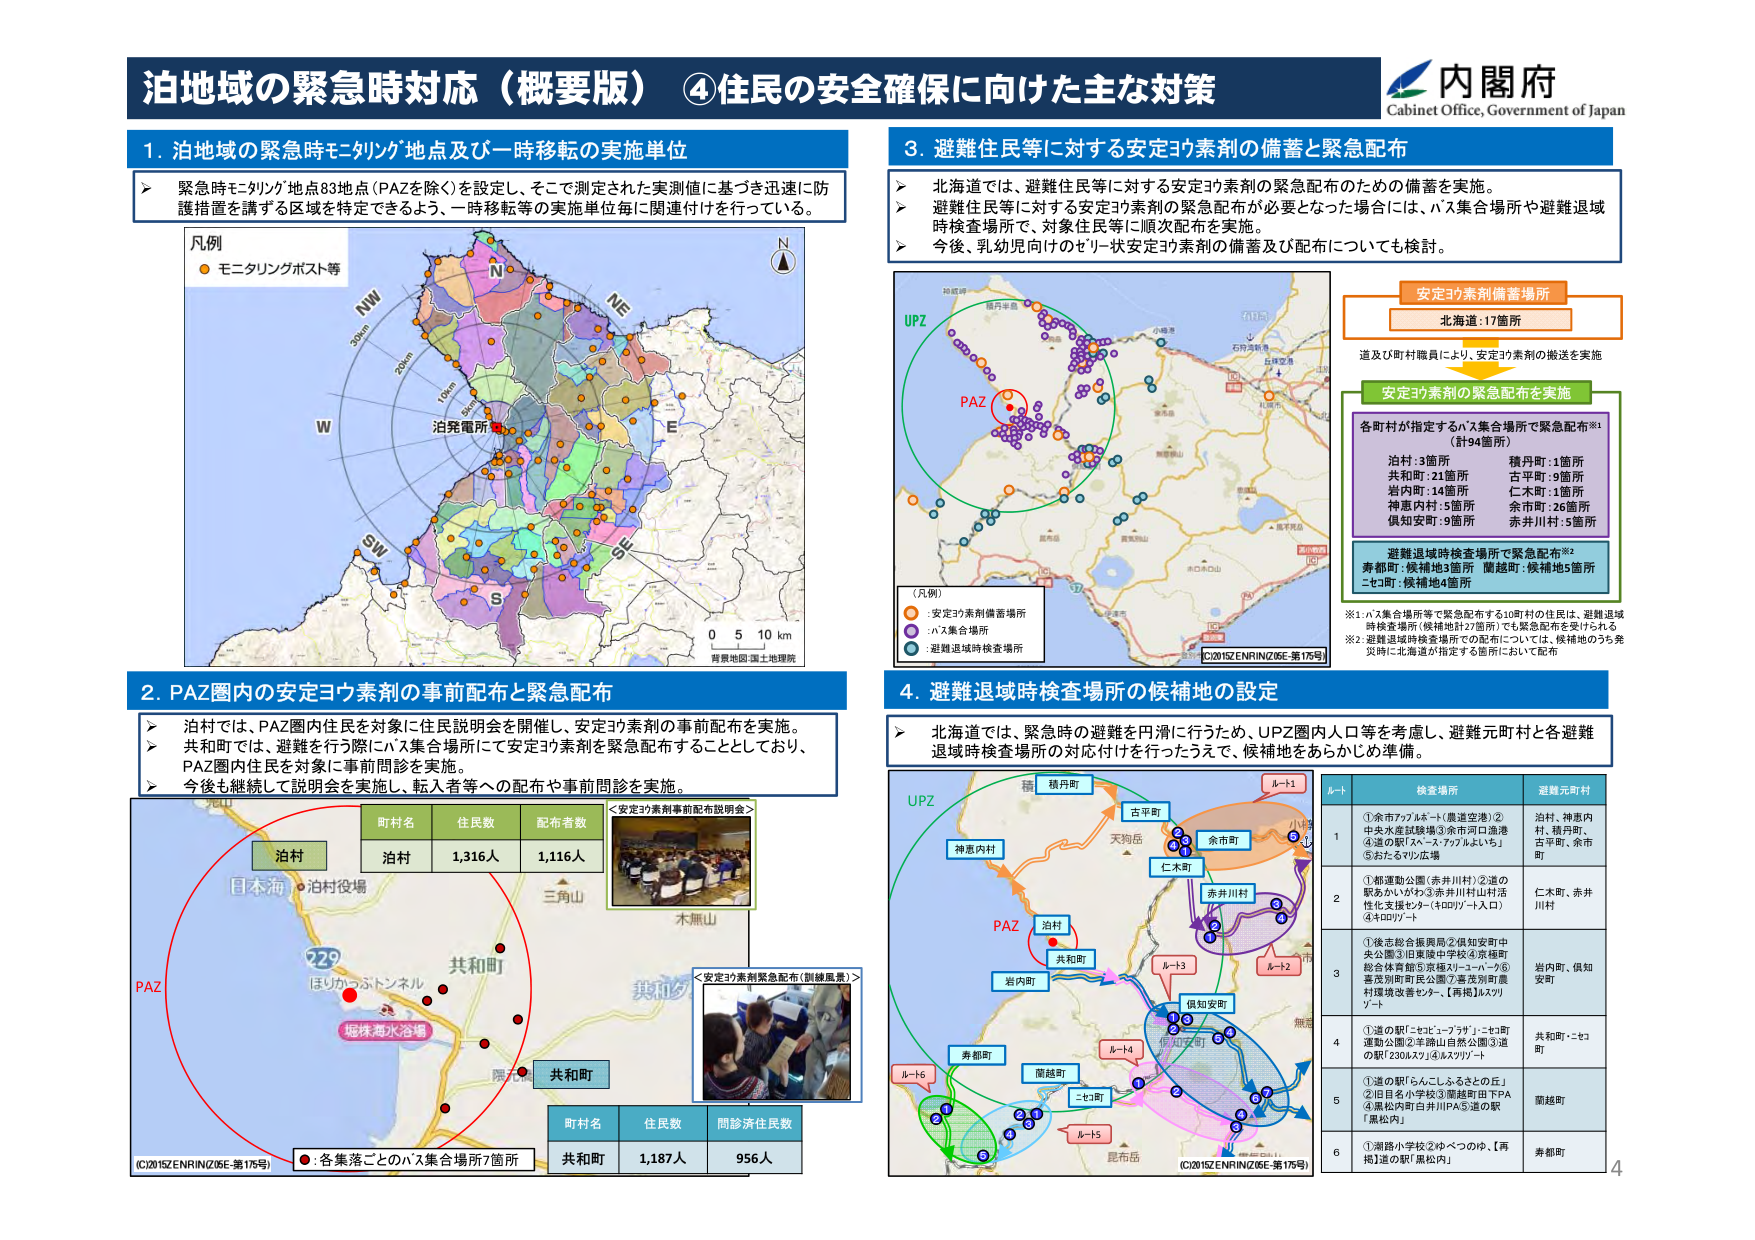
泊地域の緊急時対応（概要版）④住民の安全確保に向けた主な対策

内閣府
Cabinet Office, Government of Japan

1. 泊地域の緊急時モニタリング地点及び一時移転の実施単位
→ 緊急時モニタリング地点83地点（PAZを除く）を設定し、そこで測定された実測値に基づき迅速に防護措置を講ずる区域を特定できるよう、一時移転等の実施単位毎に関連付けを行っている。

凡例
● モニタリングポスト等

N
NW
W
SW
S
SE
E
NE

泊発電所
背景地図：国土地理院
0 5 10 km

2. PAZ圏内の安定ヨウ素剤の事前配布と緊急配布
→ 泊村では、PAZ圏内住民を対象に住民説明会を開催し、安定ヨウ素剤の事前配布を実施。
→ 共和町では、避難を行う際にハス集合場所にて安定ヨウ素剤を緊急配布することとしており、PAZ圏内住民を対象に事前問診を実施。
→ 今後も継続して説明会を実施し、転入者等への配布や事前問診を実施。

町村名 住民数 配布者数
泊村 1,316人 1,116人

＜安定ヨウ素剤事前配布説明会＞
（写真：集会風景）

町村名 住民数 問診済住民数
共和町 1,187人 956人

＜安定ヨウ素剤緊急配布（訓練風景）＞
（写真：配布風景）

●：各集落ごとのハス集合場所7箇所

3. 避難住民等に対する安定ヨウ素剤の備蓄と緊急配布
→ 北海道では、避難住民等に対する安定ヨウ素剤の緊急配布のための備蓄を実施。
→ 避難住民等に対する安定ヨウ素剤の緊急配布が必要となった場合には、ハス集合場所や避難退域時検査場所で、対象住民等に順次配布を実施。
→ 今後、乳幼児向けのゼリー状安定ヨウ素剤の備蓄及び配布についても検討。

安定ヨウ素剤備蓄場所
北海道：17箇所

道及び町村職員により、安定ヨウ素剤の搬送を実施

安定ヨウ素剤の緊急配布を実施
各町村が指定するハス集合場所で緊急配布※1
（計94箇所）

泊村：3箇所
共和町：21箇所
岩内町：14箇所
神恵内村：5箇所
倶知安町：9箇所

積丹町：1箇所
古平町：9箇所
仁木町：1箇所
余市町：26箇所
赤井川村：5箇所

避難退域時検査場所で緊急配布※2
寿都町：候補地3箇所
蘭越町：候補地5箇所
ニセコ町：候補地4箇所

※1 ハス集合場所等で緊急配布する10町村の住民は、避難退域時検査場所（候補地計27箇所）でも緊急配布を受けられる
※2 避難退域時検査場所での配布については、候補地のうち発災時に北海道が指定する箇所において配布

4. 避難退域時検査場所の候補地の設定
→ 北海道では、緊急時の避難を円滑に行うため、UPZ圏内人口等を考慮し、避難元町村と各避難退域時検査場所の対応付けを行ったうえで、候補地をあらかじめ準備。

ルート 検査場所 避難元町村
1 ①余市ファブリカート（農道空港）②中央水産試験場③余市河口漁港④道の駅「スマートファブリカートいち」⑤おたるマリン広場 泊村、神恵内村、積丹町、古平町、余市町
2 ①都運動公園（赤井川村）②道の駅あかいわや③赤井川村山伏活性支援センター（キロロリゾート入口）④キロロリゾート 仁木町、赤井川村
3 ①後志総合振興局②倶知安町中央公園③旧東陵中学校④赤穂町総合体育館⑤夜越カレーラーメン⑥喜茂別町町民公園⑦喜茂別町農村環境改善センター、【再掲】ムスリリゾート 岩内町、倶知安町
4 ①道の駅「ニセコビューフラワー」・ニセコ町運動公園②羊蹄山自然公園③道の駅「230ムスリ」④ムスリリゾート 共和町・ニセコ町
5 ①道の駅「らんくしゅふるさとの丘」②旧日名小学校③蘭越町田下PA④黒松内町白井川PA⑤道の駅「黒松内」 蘭越町
6 ①瀬路小学校②ゆべつのゆ、【再掲】道の駅「黒松内」 寿都町

UPZ
PAZ
積丹町
古平町
天狗岳
余市町
仁木町
赤井川村
泊村
共和町
岩内町
神恵内村
倶知安町
寿都町
蘭越町
ニセコ町
昆布岳
ルート1
ルート2
ルート3
ルート4
ルート5
ルート6

(C)2015ZENRIN(Z6E-第175号)
(C)2015ZENRIN(Z6E-第175号)
(C)2015ZENRIN(Z6E-第175号)

4